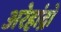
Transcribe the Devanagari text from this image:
अरेहांद्रो